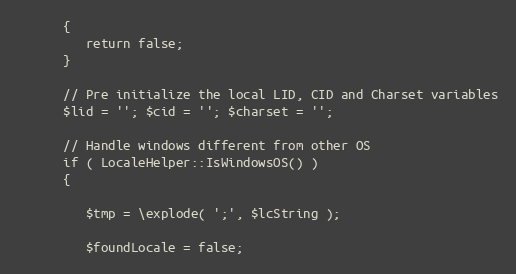
Language: PHP
      {
         return false;
      }

      // Pre initialize the local LID, CID and Charset variables
      $lid = ''; $cid = ''; $charset = '';

      // Handle windows different from other OS
      if ( LocaleHelper::IsWindowsOS() )
      {

         $tmp = \explode( ';', $lcString );

         $foundLocale = false;